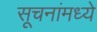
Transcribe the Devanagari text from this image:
सूचनांमध्ये